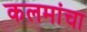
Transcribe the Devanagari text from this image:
कलमांचा